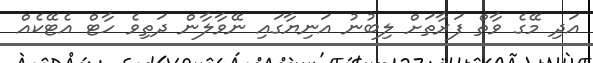
އަދި މޭގެ ވާތް ފަރާތަށް ލިބުނު އަނިޔާގައި ނޭވާލާން ދަތިވެ ހާޓް އެޓޭކެއް